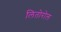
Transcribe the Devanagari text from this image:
लितोरोल